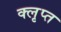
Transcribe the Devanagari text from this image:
क्लृप्त